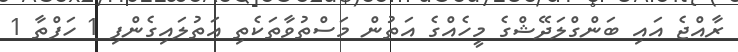
ރާއްޖެ އައި ބަންގްލަދޭޝްގެ މީހެއްގެ އަތުން މަސްތުވާތަކެތި އަތުލައިގެންފި 1 ހަފްތާ 1